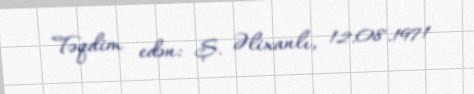
Təqdim edən: Ş. Əlixanlı, 12.08.1971